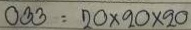
033 = 20 x 20 x 20